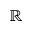
\mathbb { R }